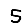
Digit: 5